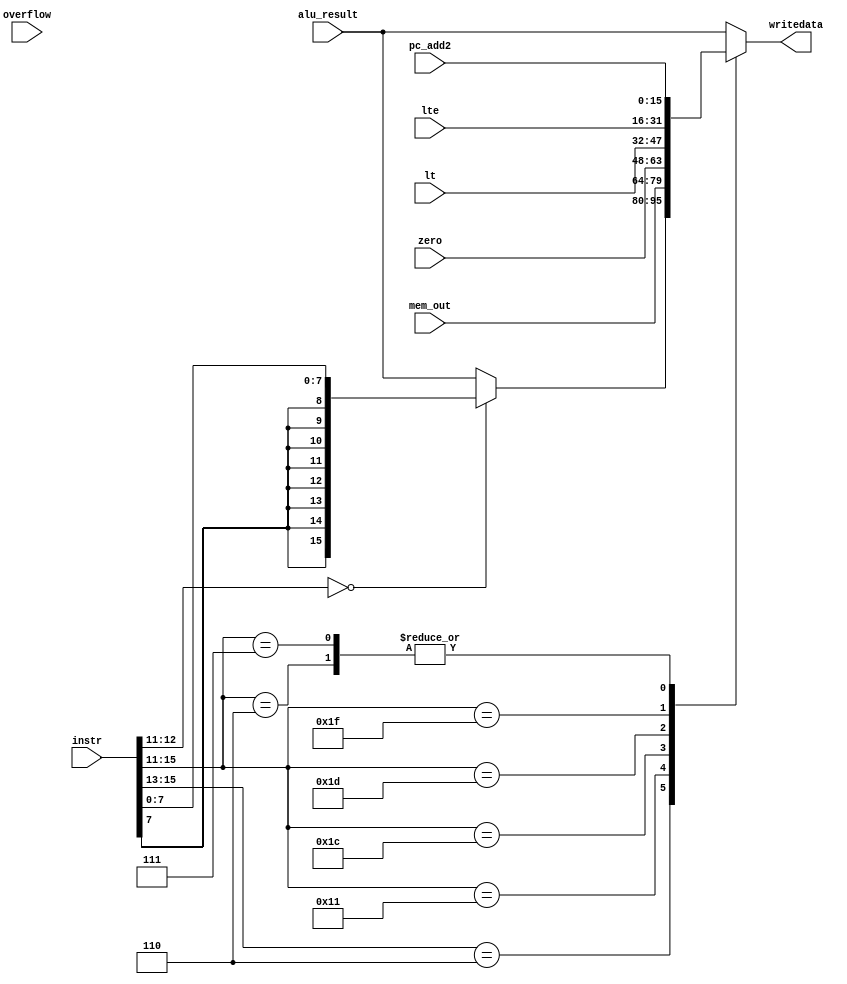
module wrt_ctrl(instr,alu_result,mem_out,zero,lt,lte,pc_add2,overflow,writedata);

input [15:0]instr;
input [15:0]alu_result;
input [15:0]mem_out;
input [15:0]zero;//sign ext
input [15:0]lt;
input [15:0]lte;
input [15:0]pc_add2;
input [15:0]overflow;//sign ext
output reg[15:0]writedata;

always@* begin 
	casex(instr[15:11])

	5'b010xx: begin // I-format 1 arith ->rd
	writedata=alu_result;
	end 

	5'b101xx:begin // I-format 1 rot shift ->rd  
	writedata=alu_result;
	end 

	5'b10011:begin // STU ->rs
	writedata=alu_result;
	end 


	5'b110xx: begin 
	writedata=(instr[12:11]==00)?{{8{instr[7]}},instr[7:0]}:alu_result;//true: LBI -> rs, false:alu
	end 


	5'b10001:begin 
	writedata=mem_out;
	end 

	5'b11100:begin 
	writedata=zero;//SEQ
	end 

	5'b11101:begin 
	writedata=lt;//SLT
	end 


	5'b11111:begin 
	writedata=lte;//LTE
	end 

	5'b00110:begin 
	writedata=pc_add2;//JAL
	end 

	5'b00111:begin 
	writedata=pc_add2;//JALR
	end 
	
	5'b11111:begin
	writedata=overflow;//SCO
	end
	

	default:
	writedata=alu_result;

	endcase 

end 

endmodule